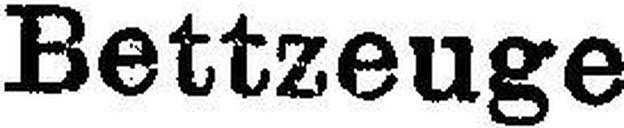
Bettzeuge